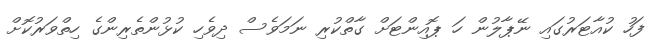
ފަހު ކުއާޓަރުގައި ނޭޕާލުން ހަ ޕޮއިންޓަށް ގާތްކުރި ނަމަވެސް ދިވެހި ކުޅުންތެރިންގެ ހިތްވަރުކޮޮށް